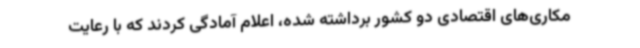
مکاری‌های اقتصادی دو کشور برداشته شده، اعلام آمادگی کردند که با رعایت